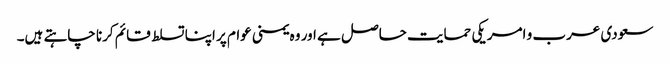
سعودی عرب و امریکی حمایت حاصل ہے اور وہ یمنی عوام پر اپنا تسلط قائم کرنا چاہتے ہیں۔